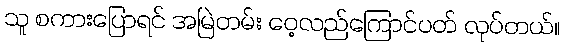
သူ စကားပြောရင် အမြဲတမ်း ဝေ့လည်ကြောင်ပတ် လုပ်တယ်။